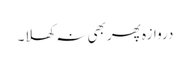
دروازہ پھر بھی نہ کھلا۔